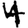
Digit: 4